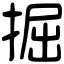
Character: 掘